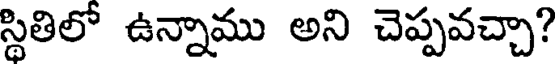
స్థితిలో ఉన్నాము అని చెప్పవచ్చా?